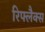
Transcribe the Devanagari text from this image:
रिफ्लैक्‍स